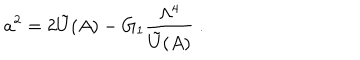
a ^ { 2 } = 2 \tilde { U } ( A ) - G _ { 1 } { \frac { \Lambda ^ { 4 } } { \tilde { U } ( A ) } } \ .